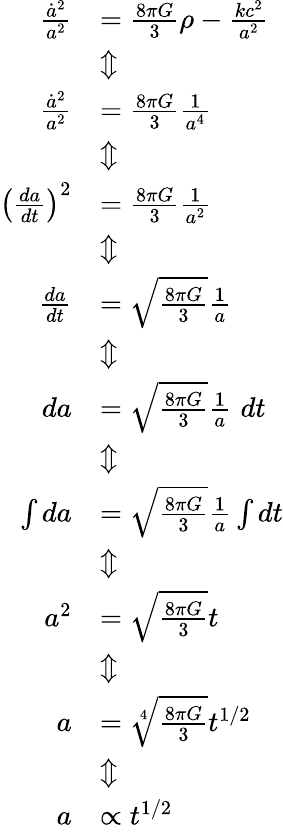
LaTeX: \begin{array}{rl}{\frac{\dot{a}^{2}}{a^{2}}}&{=\frac{8\pi G}{3}\rho-\frac{kc^{2}}{a^{2}}}\\ &{\Updownarrow}\\ {\frac{\dot{a}^{2}}{a^{2}}}&{=\frac{8\pi G}{3}\frac{1}{a^{4}}}\\ &{\Updownarrow}\\ {\left(\frac{da}{dt}\right)^{2}}&{=\frac{8\pi G}{3}\frac{1}{a^{2}}}\\ &{\Updownarrow}\\ {\frac{da}{dt}}&{=\sqrt{\frac{8\pi G}{3}}\frac{1}{a}}\\ &{\Updownarrow}\\ {da}&{=\sqrt{\frac{8\pi G}{3}}\frac{1}{a}\, \, dt}\\ &{\Updownarrow}\\ {\int da}&{=\sqrt{\frac{8\pi G}{3}}\frac{1}{a}\int dt}\\ &{\Updownarrow}\\ {a^{2}}&{=\sqrt{\frac{8\pi G}{3}}t}\\ &{\Updownarrow}\\ {a}&{=\sqrt[4]{\frac{8\pi G}{3}}t^{1/2}}\\ &{\Updownarrow}\\ {a}&{\propto t^{1/2}}\end{array}